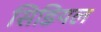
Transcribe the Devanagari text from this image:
सिडियल